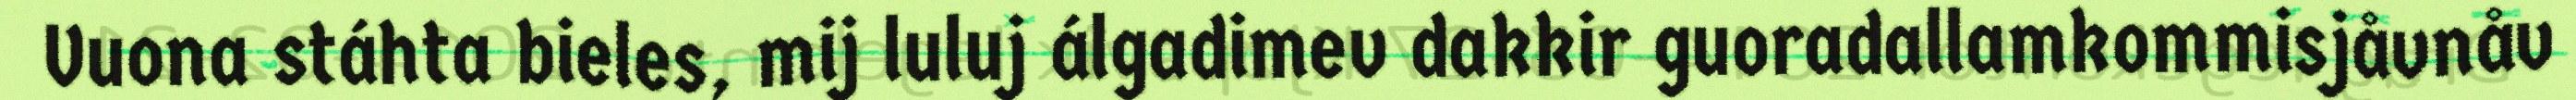
Vuona stáhta bieles, mij luluj álgadimev dakkir guoradallamkommisjåvnåv